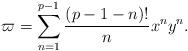
LaTeX: \begin{align*} \varpi = \sum_{n=1}^{p-1} \frac {(p-1-n)! }{n} x^n y^n.\end{align*}